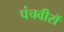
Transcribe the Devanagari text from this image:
पंचवीरों